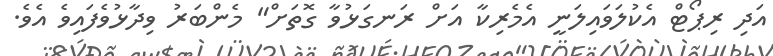
އަދި ރިޕޯޓް އެކުލަވައިލަނީ އެމެރިކާ އަށް ރަނގަޅުވާ ގޮތަށް" މެންބަރު ވިދާޅުވެފައިވެ އެވެ.